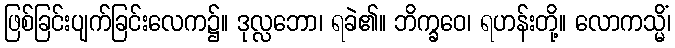
ဖြစ်ခြင်းပျက်ခြင်းလေက၌။ ဒုလ္လဘော၊ ရခဲ၏။ ဘိက္ခဝေ၊ ရဟန်းတို့။ လောကသ္မိံ၊